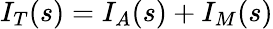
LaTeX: I_{T}(s)=I_{A}(s)+I_{M}(s)